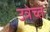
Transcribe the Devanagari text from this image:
उत्रेच्त